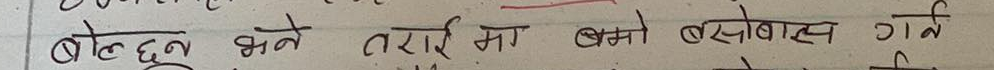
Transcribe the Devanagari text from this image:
बस्दछन् भने तराई मा बस्नो बसोबास गर्ने